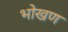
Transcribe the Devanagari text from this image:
भोखण